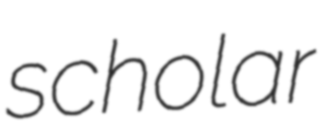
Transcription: scholar